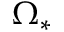
\Omega _ { * }